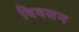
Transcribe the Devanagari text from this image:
विवसन